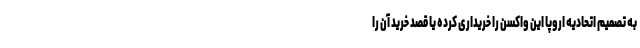
به تصمیم اتحادیه اروپا این واکسن را خریداری کرده یا قصد خرید آن را